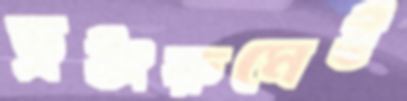
ড্রইংরুমেই